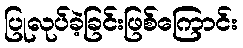
ပြုလုပ်ခဲ့ခြင်းဖြစ်ကြောင်း